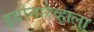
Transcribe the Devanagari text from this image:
झ्वोनारेव्हाला